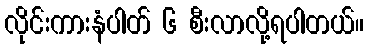
လိုင်းကားနံပါတ် ၆ စီးလာလို့ရပါတယ်။